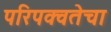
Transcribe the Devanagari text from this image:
परिपक्वतेचा